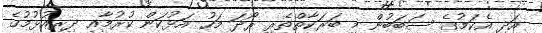
އަދި އެކަމުގެ ސަބަބުން މި ބަރަކާތްތެރި ރޯދަ މަހު އަޅުކަން ކުރުމާއި ދިރިއުޅުމުގެ